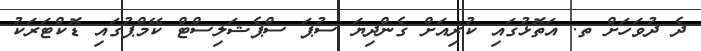
ދެ ދުވަހަށް ތ. އަތޮޅުގައި ކުރިއަށް ގެންދިޔަ ސުޕަ ސްޕެޝަލިސްޓް ކޭމްޕުގައި ޑޮކްޓަރަކު